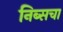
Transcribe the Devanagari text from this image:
निब्सचा